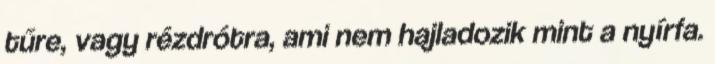
tűre, vagy rézdrótra, ami nem hajladozik mint a nyírfa.